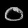
Digit: ၀